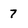
Character: 7